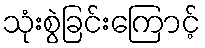
သုံးစွဲခြင်းကြောင့်